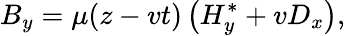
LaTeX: B_{y}=\mu(z-vt)\left(H_{y}^{*}+vD_{x}\right),